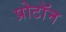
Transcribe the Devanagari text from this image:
प्रोटाॅन